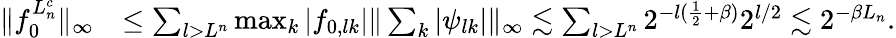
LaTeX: \begin{array}{rl}{\| f_{0}^{L_{n}^{c}}\| _{\infty}}&{\leq\sum_{l>L^{n}}\operatorname*{max}_{k}\left|f_{0,lk}\right|\| \sum_{k}|\psi_{lk}|\| _{\infty}\lesssim\sum_{l>L^{n}}2^{-l(\frac{1}{2}+\beta)}2^{l/2}\lesssim 2^{-\beta L_{n}}.}\end{array}